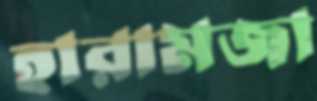
হারামজা